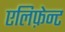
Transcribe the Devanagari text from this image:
एलिफ़ेन्ट